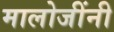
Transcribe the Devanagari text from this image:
मालोजींनी